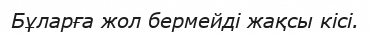
Бұларға жол бермейді жақсы кісі.